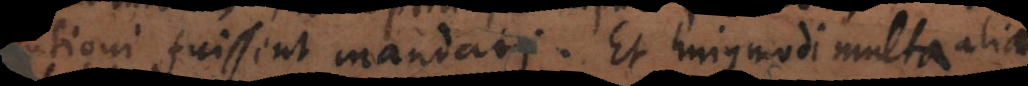
fuissent mandati. Et hujusmodi multa alia